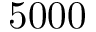
5 0 0 0